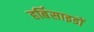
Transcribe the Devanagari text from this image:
हर्बिसाइडों